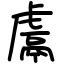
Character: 鬳